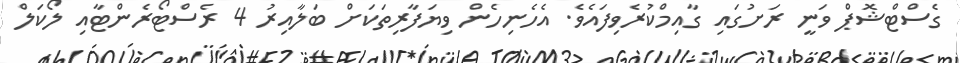
ގެސްޓްޝޮޕް ވަނީ ރަށުގައި ގާއިމްކުރެވިފައެވެ. އެހެނިހެން ވިޔަފާރިތަކަށް ބަލާއިރު 4 ރެސްޓޯރެންޓާއި ލޯކަލް